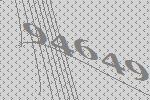
94649